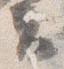
夫